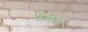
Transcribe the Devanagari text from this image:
फैमिन